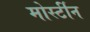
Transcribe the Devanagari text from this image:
मोर्स्टीन